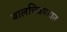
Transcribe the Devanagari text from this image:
बालचित्रपटात